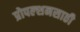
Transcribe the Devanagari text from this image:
प्रोपल्शनसाठी